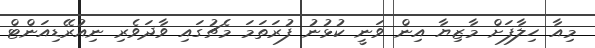
މިއާ ހިލާފަށް މާޒިޔާ އިން ވަނީ ކުޅުނު ފުރަތަމަ މެޗުގައި ވާދަވެރި ނިއުރޭޑިއަންޓް